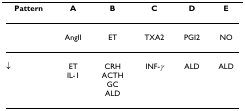
<table><thead><tr><td><b>Pattern</b></td><td><b>A</b></td><td><b>B</b></td><td><b>C</b></td><td><b>D</b></td><td><b>E</b></td></tr></thead><tbody><tr><td></td><td>AngII</td><td>ET</td><td>TXA2</td><td>PGI2</td><td>NO</td></tr><tr><td>↓</td><td>ET</td><td>CRH</td><td>INF-<i>γ</i></td><td>ALD</td><td>ALD</td></tr><tr><td></td><td>IL-1</td><td>ACTH</td><td></td><td></td><td></td></tr><tr><td></td><td></td><td>GC</td><td></td><td></td><td></td></tr><tr><td></td><td></td><td>ALD</td><td></td><td></td><td></td></tr></tbody></table>